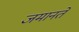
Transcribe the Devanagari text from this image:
जमानतें